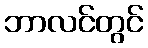
ဘာလင်တွင်